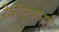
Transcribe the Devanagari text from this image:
रेवोलूशनरी